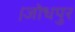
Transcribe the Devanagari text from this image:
।जोधपुर